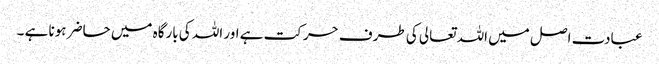
عبادت اصل میں اللہ تعالی کی طرف حرکت ہے اور اللہ کی بارگاہ میں حاضر ہونا ہے ۔